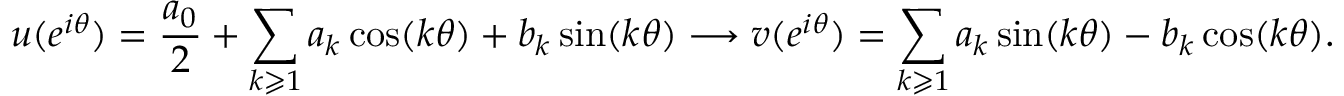
u ( e ^ { i \theta } ) = { \frac { a _ { 0 } } { 2 } } + \sum _ { k \geqslant 1 } a _ { k } \cos ( k \theta ) + b _ { k } \sin ( k \theta ) \longrightarrow v ( e ^ { i \theta } ) = \sum _ { k \geqslant 1 } a _ { k } \sin ( k \theta ) - b _ { k } \cos ( k \theta ) .